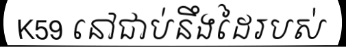
K59 នៅជាប់នឹងដៃរបស់